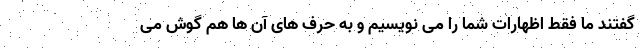
گفتند ما فقط اظهارات شما را می نویسیم و به حرف های آن ها هم گوش می